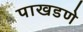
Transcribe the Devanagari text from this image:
पाखडणे